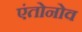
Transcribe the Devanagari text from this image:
एंतोनोव